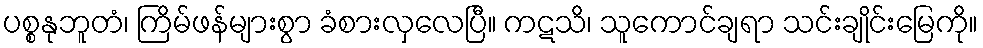
ပစ္စနုဘူတံ၊ ကြိမ်ဖန်များစွာ ခံစားလှလေပြီ။ ကဋသိ၊ သူကောင်ချရာ သင်းချိုင်းမြေကို။